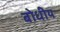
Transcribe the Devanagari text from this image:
बोधीय